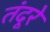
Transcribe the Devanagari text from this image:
तंदूरे